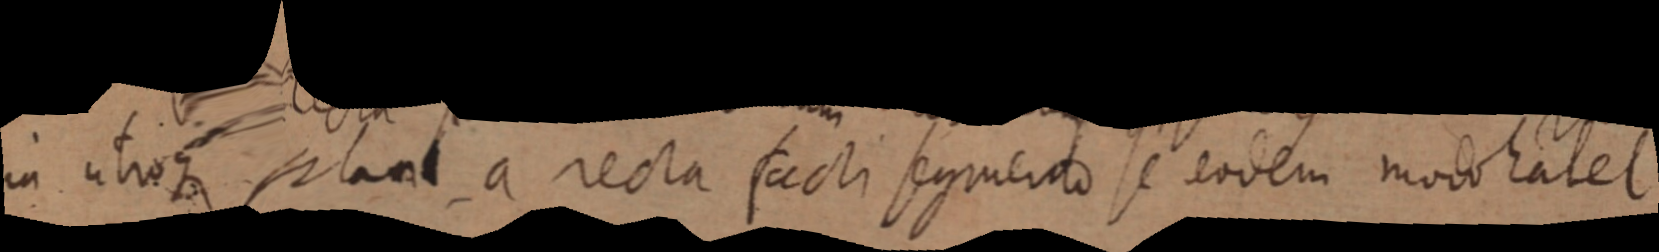
in utroque plani a recta facti segmento se eodem modo habet